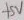
Text: +5V